On a parasite found in persons suffering from enlargement of the spleen in India, second report - Number 11
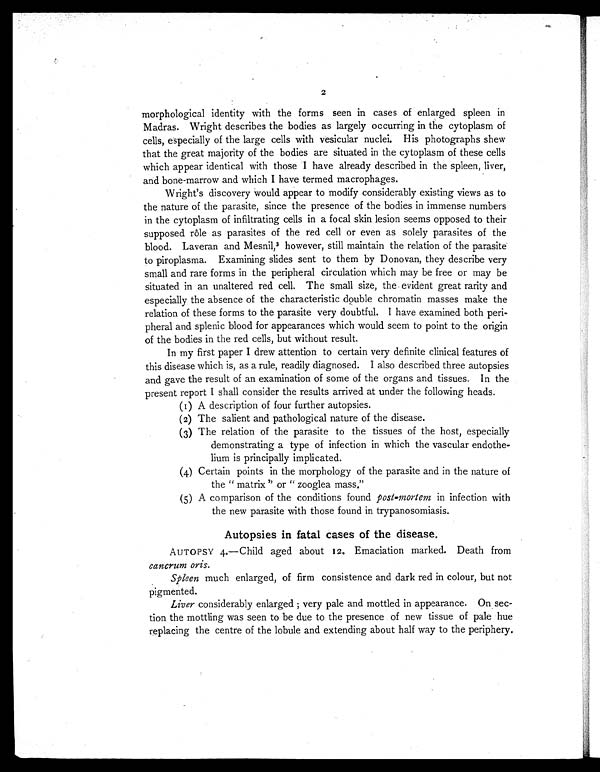
2
morphological identity with the forms seen in cases of enlarged spleen in
Madras. Wright describes the bodies as largely occurring in the cytoplasm of
cells, especially of the large cells with vesicular nuclei. His photographs shew
that the great majority of the bodies are situated in the cytoplasm of these cells
which appear identical with those I have already described in the spleen, liver,
and bone-marrow and which I have termed macrophages.
Wright's discovery would appear to modify considerably existing views as to
the nature of the parasite, since the presence of the bodies in immense numbers
in the cytoplasm of infiltrating cells in a focal skin lesion seems opposed to their
supposed rôle as parasites of the red cell or even as solely parasites of the
blood. Laveran and Mesnil, 3 however, still maintain the relation of the parasite
to piroplasma. Examining slides sent to them by Donovan, they describe very
small and rare forms in the peripheral circulation which may be free or may be
situated in an unaltered red cell. The small size, the evident great rarity and
especially the absence of the characteristic double chromatin masses make the
relation of these forms to the parasite very doubtful. I have examined both peri-
pheral and splenic blood for appearances which would seem to point to the origin
of the bodies in the red cells, but without result.
In my first paper I drew attention to certain very definite clinical features of
this disease which is, as a rule, readily diagnosed. I also described three autopsies
and gave the result of an examination of some of the organs and tissues. In the
present report I shall consider the results arrived at under the following heads.
(1) A description of four further autopsies.
(2) The salient and pathological nature of the disease.
(3) The relation of the parasite to the tissues of the host, especially
demonstrating a type of infection in which the vascular endothe-
lium is principally implicated.
(4) Certain points in the morphology of the parasite and in the nature of
the " matrix" or " zooglea mass."
(5) A comparison of the conditions found post-mortem in infection with
the new parasite with those found in trypanosomiasis.
Autopsies in fatal cases of the disease.
AUTOPSY 4.—Child aged about 12. Emaciation marked. Death from
cancrum oris.
Spleen much enlarged, of firm consistence and dark red in colour, but not
pigmented.
Liver considerably enlarged; very pale and mottled in appearance. On sec-
tion the mottling was seen to be due to the presence of new tissue of pale hue
replacing the centre of the lobule and extending about half way to the periphery.